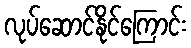
လုပ်ဆောင်နိုင်ကြောင်း